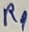
Text: R9